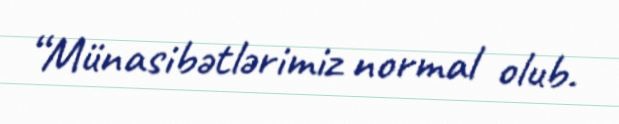
“Münasibətlərimiz normal olub.